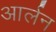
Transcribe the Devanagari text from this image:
आर्लन